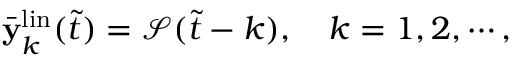
\begin{array} { r } { \bar { \mathbf { y } } _ { k } ^ { \mathrm { l i n } } ( \Tilde { t } ) = \mathcal { S } ( \Tilde { t } - k ) , \quad k = 1 , 2 , \cdots , } \end{array}